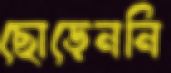
ছোড়েননি